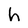
Character: h